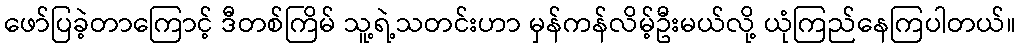
ဖော်ပြခဲ့တာကြောင့် ဒီတစ်ကြိမ် သူ့ရဲ့သတင်းဟာ မှန်ကန်လိမ့်ဦးမယ်လို့ ယုံကြည်နေကြပါတယ်။